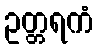
ဥတ္တရကံ